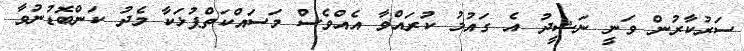
ސަރުކާރުން ވަނީ ނަޝީދު އެ ގައުމު ކުރައްވާ އެއްވެސް މަސައްކަތްޕުޅަކާ މެދު ކަންބޮޑުނުވާ